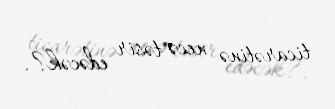
ticarətinə necə təsir edəcək?.